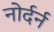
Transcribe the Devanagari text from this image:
नोर्दर्न